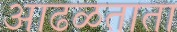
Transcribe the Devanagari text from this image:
आढळताता